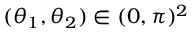
( \theta _ { 1 } , \theta _ { 2 } ) \in ( 0 , \pi ) ^ { 2 }